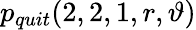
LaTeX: \displaystyle p_{quit}(2,2,1,r,\vartheta)